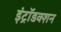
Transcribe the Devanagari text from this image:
इंट्रॉडक्शन